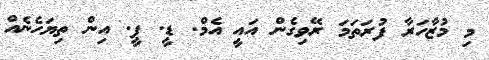
މި މުޒާހަރާ ފުރަތަމަ ރޭވިގެން އައީ އެމް. ޑީ. ޕީ. އިން ތިޔަހެނެއް